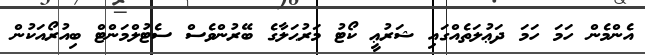
އެންމެން ހަމަ ހަމަ ދަޢުލަތެއްގައި ޝަރުޢީ ކޯޓު މަރުޙަލާގެ ބޭރުންވެސް ސެޓުލްމަންޓް ބިއުރޯއަކުން